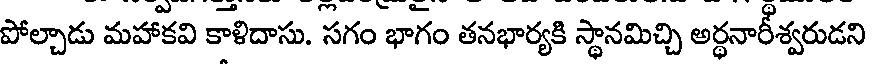
పోల్చాడు మహాకవి కాళిదాసు. సగం భాగం తనభార్యకి స్థానమిచ్చి అర్థనారీశ్వరుడని